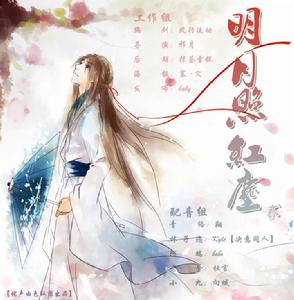
无情明月，有情归梦，同到幽闺。